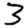
Digit: 3